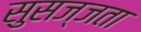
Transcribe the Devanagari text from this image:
सुसज्जता